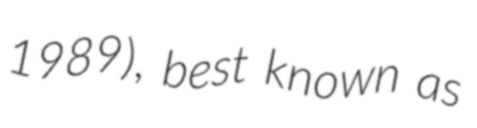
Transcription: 1989), best known as